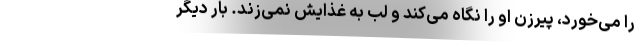
را می‌خورد، پیرزن او را نگاه می‌کند و لب به غذایش نمی‌زند. بار دیگر